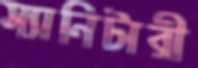
স্যানিটারী